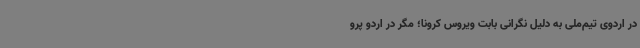
در اردوی تیم‌ملی به دلیل نگرانی بابت ویروس کرونا؛ مگر در اردو پرو